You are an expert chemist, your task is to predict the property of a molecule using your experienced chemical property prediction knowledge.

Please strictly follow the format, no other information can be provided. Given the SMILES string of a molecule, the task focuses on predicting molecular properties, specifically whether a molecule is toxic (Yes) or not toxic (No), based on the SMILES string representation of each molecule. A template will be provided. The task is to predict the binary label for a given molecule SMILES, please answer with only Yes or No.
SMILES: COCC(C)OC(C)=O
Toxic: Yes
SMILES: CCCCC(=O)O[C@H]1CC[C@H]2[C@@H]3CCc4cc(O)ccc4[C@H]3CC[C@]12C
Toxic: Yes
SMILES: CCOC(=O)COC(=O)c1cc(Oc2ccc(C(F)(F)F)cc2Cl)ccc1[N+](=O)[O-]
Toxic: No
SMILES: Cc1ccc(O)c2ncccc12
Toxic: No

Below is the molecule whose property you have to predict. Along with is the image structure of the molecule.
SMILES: NCCOCCN
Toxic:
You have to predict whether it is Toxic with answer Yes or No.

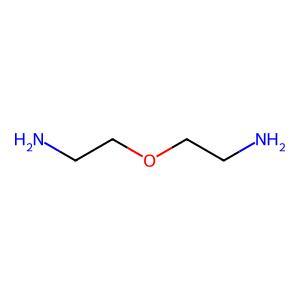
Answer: No